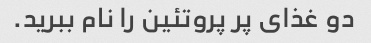
دو غذای پر پروتئین را نام ببرید.